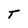
Character: T